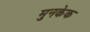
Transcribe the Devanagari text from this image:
मुनकेक